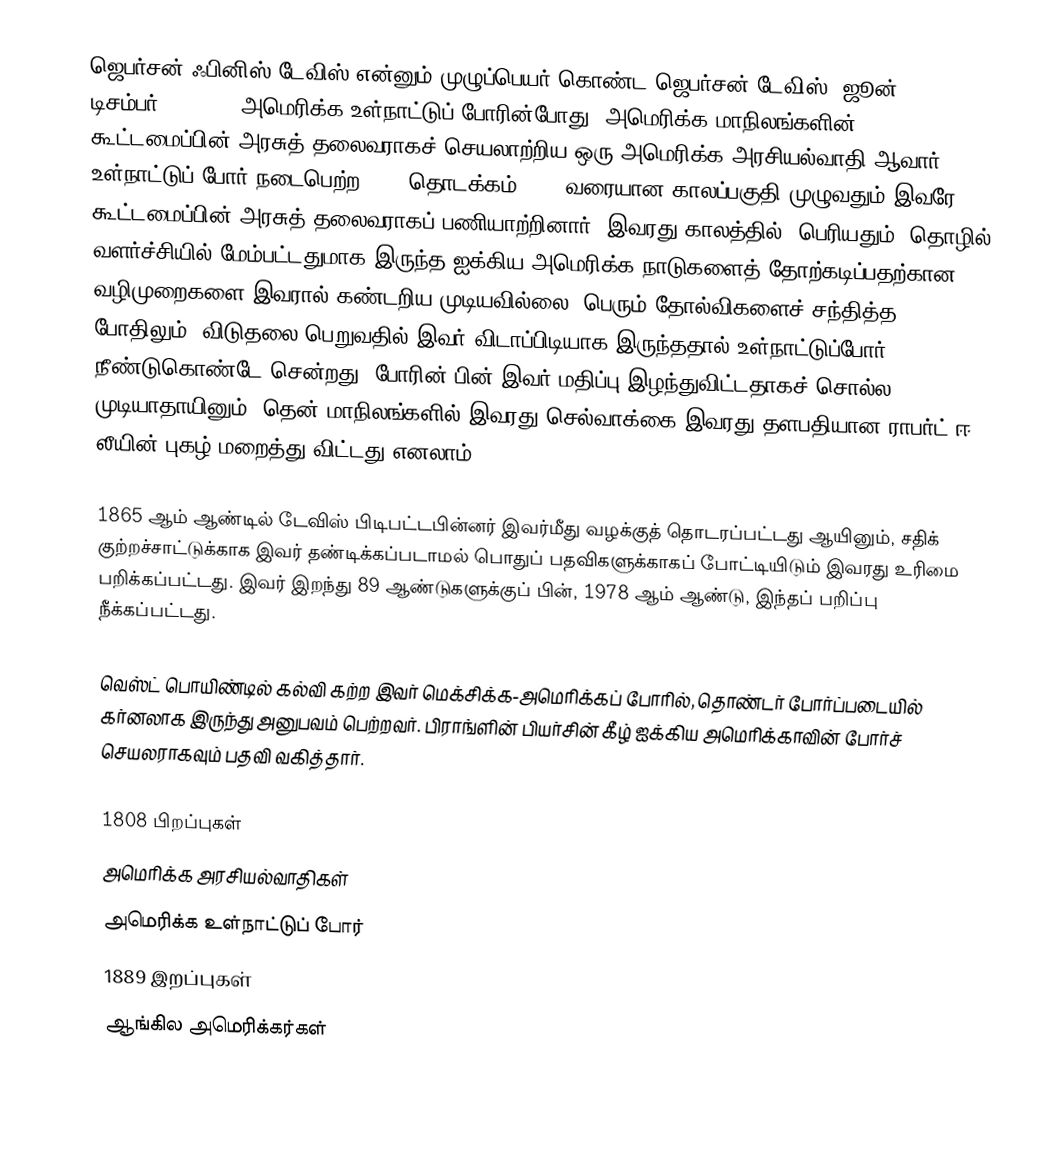
ஜெபர்சன் ஃபினிஸ் டேவிஸ் என்னும் முழுப்பெயர் கொண்ட ஜெபர்சன் டேவிஸ் (ஜூன் 3, 1808 - டிசம்பர் 6, 1889) அமெரிக்க உள்நாட்டுப் போரின்போது, அமெரிக்க மாநிலங்களின் கூட்டமைப்பின் அரசுத் தலைவராகச் செயலாற்றிய ஒரு அமெரிக்க அரசியல்வாதி ஆவார். உள்நாட்டுப் போர் நடைபெற்ற 1861 தொடக்கம் 1865 வரையான காலப்பகுதி முழுவதும் இவரே கூட்டமைப்பின் அரசுத் தலைவராகப் பணியாற்றினார். இவரது காலத்தில், பெரியதும், தொழில் வளர்ச்சியில் மேம்பட்டதுமாக இருந்த ஐக்கிய அமெரிக்க நாடுகளைத் தோற்கடிப்பதற்கான வழிமுறைகளை இவரால் கண்டறிய முடியவில்லை. பெரும் தோல்விகளைச் சந்தித்த போதிலும், விடுதலை பெறுவதில் இவர் விடாப்பிடியாக இருந்ததால் உள்நாட்டுப்போர் நீண்டுகொண்டே சென்றது. போரின் பின் இவர் மதிப்பு இழந்துவிட்டதாகச் சொல்ல முடியாதாயினும், தென் மாநிலங்களில் இவரது செல்வாக்கை இவரது தளபதியான ராபர்ட் ஈ. லீயின் புகழ் மறைத்து விட்டது எனலாம்.

1865 ஆம் ஆண்டில் டேவிஸ் பிடிபட்டபின்னர் இவர்மீது வழக்குத் தொடரப்பட்டது ஆயினும், சதிக் குற்றச்சாட்டுக்காக இவர் தண்டிக்கப்படாமல் பொதுப் பதவிகளுக்காகப் போட்டியிடும் இவரது உரிமை பறிக்கப்பட்டது. இவர் இறந்து 89 ஆண்டுகளுக்குப் பின், 1978 ஆம் ஆண்டு, இந்தப் பறிப்பு நீக்கப்பட்டது.

வெஸ்ட் பொயிண்டில் கல்வி கற்ற இவர் மெக்சிக்க-அமெரிக்கப் போரில், தொண்டர் போர்ப்படையில் கர்னலாக இருந்து அனுபவம் பெற்றவர். பிராங்ளின் பியர்சின் கீழ் ஐக்கிய அமெரிக்காவின் போர்ச் செயலராகவும் பதவி வகித்தார்.

1808 பிறப்புகள்
அமெரிக்க அரசியல்வாதிகள்
அமெரிக்க உள்நாட்டுப் போர்
1889 இறப்புகள்
ஆங்கில அமெரிக்கர்கள்